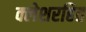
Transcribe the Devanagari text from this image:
क्लेशरहित